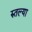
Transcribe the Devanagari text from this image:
रुतल्या